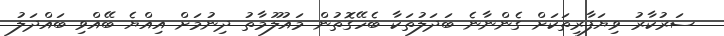
ސަރުކާރު ވިޔަފާރިތަކަށް ގެންނާނެ ބަދަލުތަކާ ބެހޭގޮތުން މައުލޫމާތު ދިނުމަށް އިއްޔެ ބޭއްވި ބައްދަލު